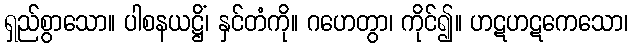
ရှည်စွာသော။ ပါစနယဋ္ဌိံ၊ နှင်တံကို။ ဂဟေတွာ၊ ကိုင်၍။ ဟဋဟဋကေသော၊